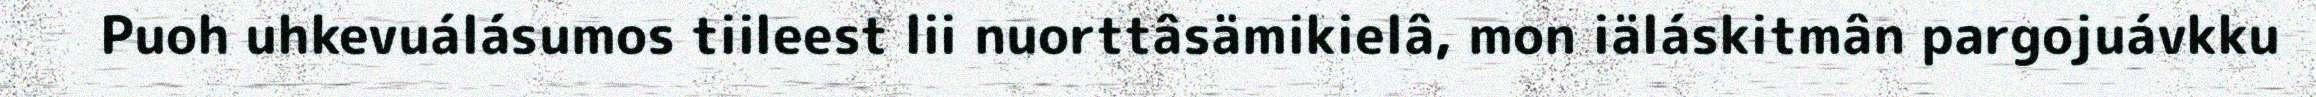
Puoh uhkevuálásumos tiileest lii nuorttâsämikielâ, mon iäláskitmân pargojuávkku